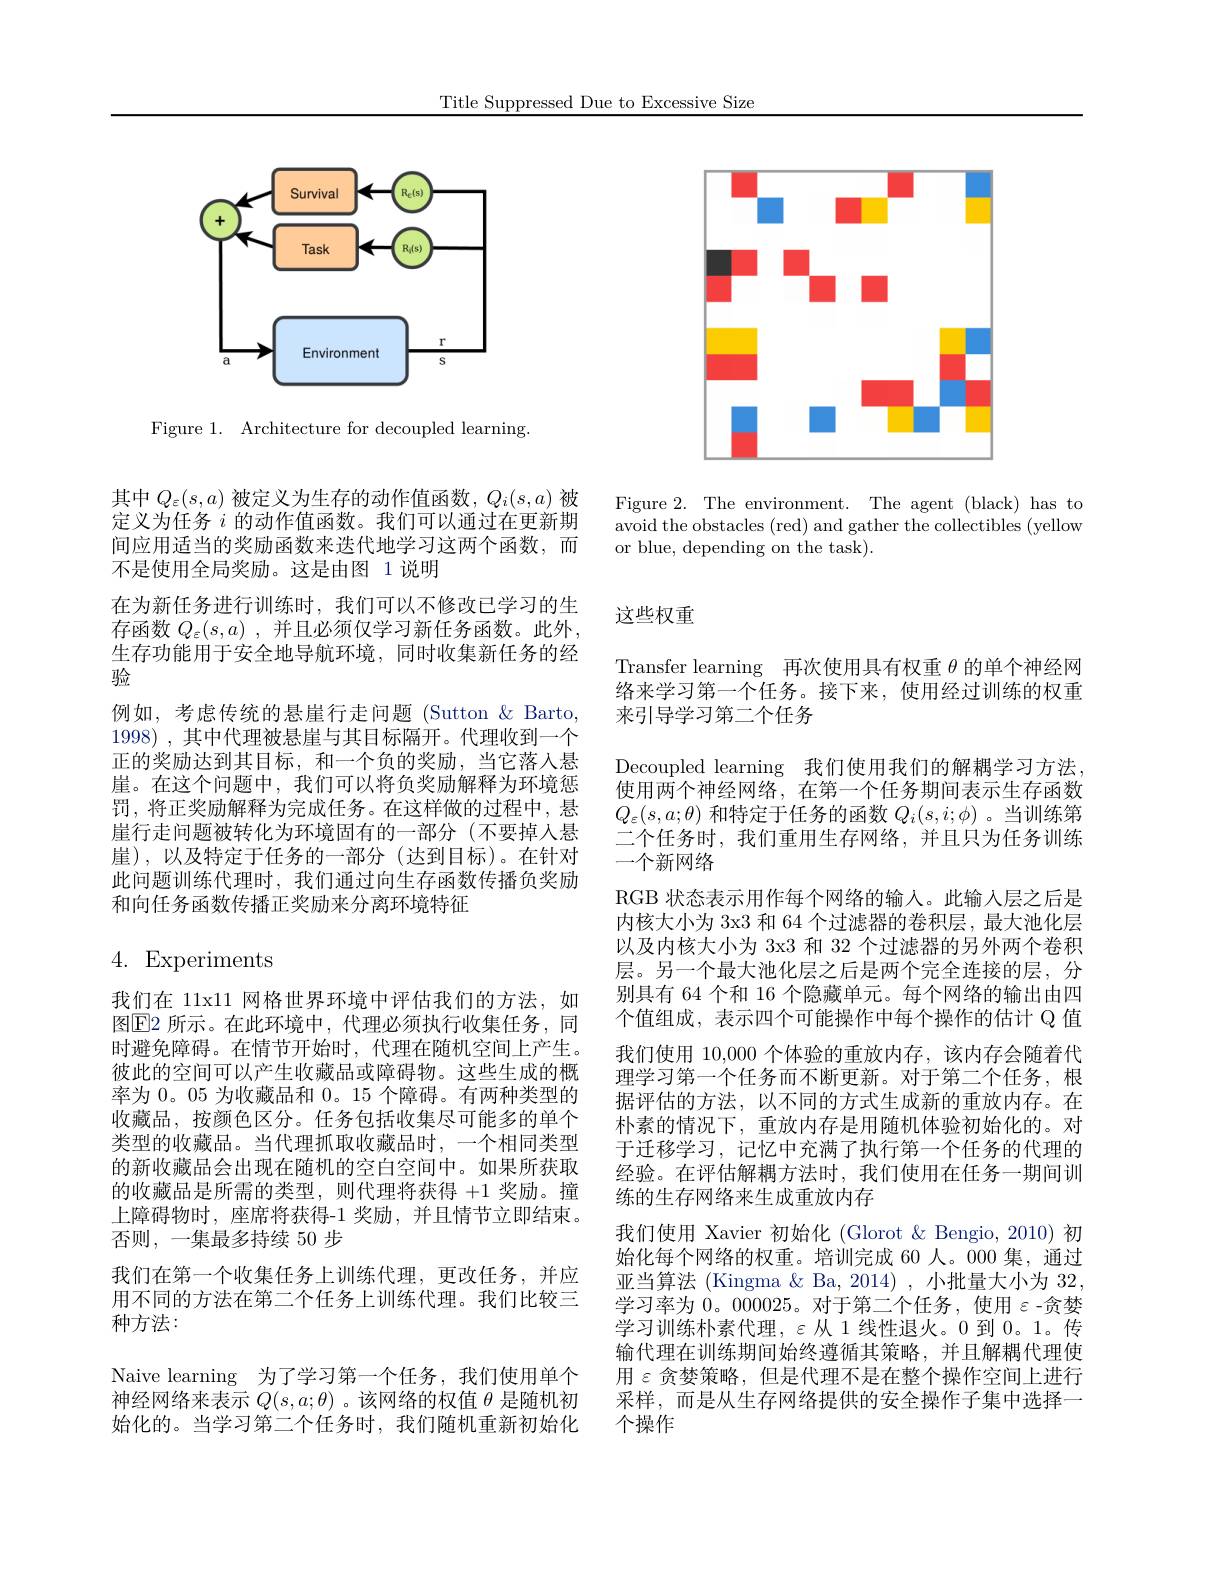
Title Suppressed Due to Excessive Size

<FigureHere>

Figure 1. Architecture for decoupled learning.

<FigureHere>

Figure 2. The environment. The agent (black) has to avoid the obstacles (red) and gather the collectibles (yellow or blue, depending on the task).

其中$Q_\varepsilon(s,a)$被定义为生存的动作值函数，$Q_i(s,a)$被定义为任务$i$的动作值函数。我们可以通过在更新期间应用适当的奖励函数来迭代地学习这两个函数，而不是使用全局奖励。这是由图 1说明
在为新任务进行训练时，我们可以不修改已学习的生存函数$Q_\varepsilon ( s, a)$ ,并且必须仅学习新任务函数。此外， 生存功能用于安全地导航环境，同时收集新任务的经验
例如，考虑传统的悬崖行走问题 (Sutton & Barto, 1998) , 其中代理被悬崖与其目标隔开。代理收到一个正的奖励达到其目标，和一个负的奖励，当它落人悬崖。在这个问题中，我们可以将负奖励解释为环境惩罚，将正奖励解释为完成任务。在这样做的过程中，悬崖行走问题被转化为环境固有的一部分(不要掉入悬崖),以及特定于任务的一部分(达到目标)。在针对此问题训练代理时，我们通过向生存函数传播负奖励和向任务函数传播正奖励来分离环境特征

# 4. Experiments

我们在 11x11 网格世界环境中评估我们的方法，如图$\boxed{\mathrm{E}}$2 所示。在此环境中，代理必须执行收集任务，同时避免障碍。在情节开始时，代理在随机空间上产生。彼此的空间可以产生收藏品或障碍物。这些生成的概率为 0。05 为收藏品和0。15 个障碍。有两种类型的收藏品，按颜色区分。任务包括收集尽可能多的单个类型的收藏品。当代理抓取收藏品时，一个相同类型的新收藏品会出现在随机的空白空间中。如果所获取的收藏品是所需的类型，则代理将获得+1奖励。撞上障碍物时，座席将获得-1 奖励，并且情节立即结束。否则，一集最多持续 50 步
我们在第一个收集任务上训练代理，更改任务，并应用不同的方法在第二个任务上训练代理。我们比较三种方法：
Naive learning 为了学习第一个任务，我们使用单个神经网络来表示$Q(s,a;\theta)$ 。该网络的权值$\theta$是随机初始化的。当学习第二个任务时，我们随机重新初始化

# 这些权重

Transfer learning 再次使用具有权重$\theta$的单个神经网络来学习第一个任务。接下来，使用经过训练的权重来引导学习第二个任务
Decoupled learning 我们使用我们的解耦学习方法， 使用两个神经网络，在第一个任务期间表示生存函数$Q_\varepsilon(s,a;\theta)$和特定于任务的函数$Q_i(s,i;\phi)$ 。当训练第二个任务时，我们重用生存网络，并且只为任务训练一个新网络
RGB 状态表示用作每个网络的输入。此输入层之后是内核大小为 3x3 和 64 个过滤器的卷积层，最大池化层以及内核大小为 3x3 和 32 个过滤器的另外两个卷积层。另一个最大池化层之后是两个完全连接的层，分别具有 64 个和 16 个隐藏单元。每个网络的输出由四个值组成，表示四个可能操作中每个操作的估计 Q 值我们使用 10,000 个体验的重放内存，该内存会随着代理学习第一个任务而不断更新。对于第二个任务，根据评估的方法，以不同的方式生成新的重放内存。在朴素的情况下，重放内存是用随机体验初始化的。对于迁移学习，记忆中充满了执行第一个任务的代理的经验。在评估解耦方法时，我们使用在任务一期间训练的生存网络来生成重放内存
我们使用 Xavier 初始化 (Glorot & Bengio, 2010) 初始化每个网络的权重。培训完成 60 人。000 集，通过亚当算法 (Kingma & Ba, 2014) , 小批量大小为 32, 学习率为0。000025。对于第二个任务，使用$\varepsilon$ -贪婪学习训练朴素代理，$\varepsilon 从1线性退火。0到0。1。传$ 输代理在训练期间始终遵循其策略，并且解耦代理使用$\varepsilon$贪婪策略，但是代理不是在整个操作空间上进行采样，而是从生存网络提供的安全操作子集中选择一个操作